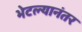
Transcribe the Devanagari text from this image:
भेटल्यानंतर